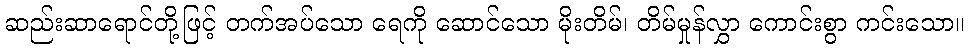
ဆည်းဆာရောင်တို့ဖြင့် တက်အပ်သော ရေကို ဆောင်သော မိုးတိမ်၊ တိမ်မှုန်လွှာ ကောင်းစွာ ကင်းသော။